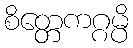
စိတ္တေကဂ္ဂမ္ပိ